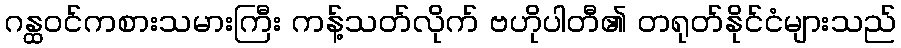
ဂန္ထဝင်ကစားသမားကြီး ကန့်သတ်လိုက် ဗဟိုပါတီ၏ တရုတ်နိုင်ငံများသည်